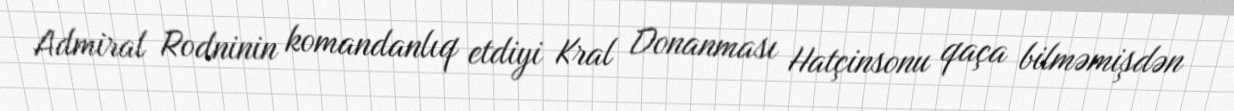
Admiral Rodninin komandanlıq etdiyi Kral Donanması Hatçinsonu qaça bilməmişdən